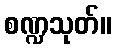
စဏ္ဍသုတ်။